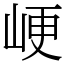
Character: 峺